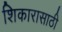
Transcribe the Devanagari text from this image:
शिकारासाठी